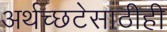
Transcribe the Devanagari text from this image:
अर्थच्छटेसाठीही